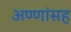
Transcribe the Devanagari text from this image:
अण्णांसह